Leaving Certificate Examination (including Day School Certificate (Higher) General paper), 1939
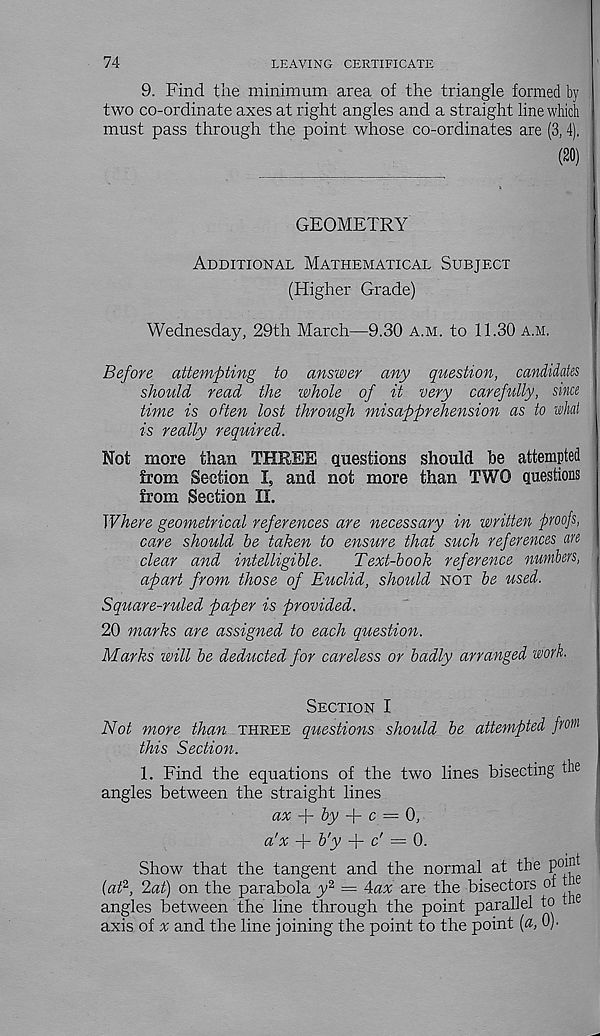
74
LEAVING CERTIFICATE
9. Find the minimum area of the triangle formed by
two co-ordinate axes at right angles and a straight line which
must pass through the point whose co-ordinates are (3, 4),
(20)
GEOMETRY
Additional Mathematical Subject
(Higher Grade)
Wednesday, 29th March—9.30 a.m. to 11.30 a.m.
Before attempting to answer any question, candidates
should read the whole of it very carefully, since
time is often lost through misapprehension as to what
is really required.
Not more than THREE questions should be attempted
from Section I, and not more than TWO questions
from Section II.
Where geometrical references are necessary in written proofs,
care should be taken to ensure that such references are
clear and intelligible.
Text-book reference numbers, j
apart from those of Euclid, should not be used.
Square-ruled paper is provided.
20 marks are assigned to each question.
Marks will be deducted for careless or badly arranged work.
Section I
Not more than three questions should be attempted from
this Section.
1. Find the equations of the two lines bisecting the
angles between the straight lines
ax
by -\- c = 0,
a'x + b'y + c' = 0.
Show that the tangent and the normal at the point
{aT, 2at) on the parabola y 2 = 4ax are the bisectors ol tie
angles between the line through the point parallel to e
axis of x and the line joining the point to the point {a, 0).